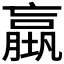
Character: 𡑤